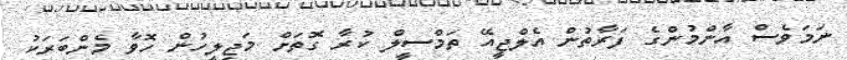
ނަމަވެސް އާންމުންގެ ފަރާތުން އެލްޖީއޭ ތަމްސީލް ކުރާ ގޮތަށް މަޖިލީހުން ހޮވާ މެންބަރަކު